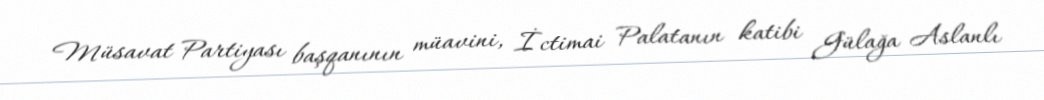
Müsavat Partiyası başqanının müavini, İctimai Palatanın katibi Gülağa Aslanlı